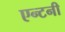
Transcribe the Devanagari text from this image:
एन्टनी